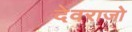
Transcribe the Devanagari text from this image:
देवराजो